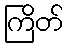
ကြိတ်